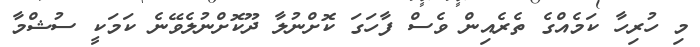
މި ހުރިހާ ކަމެއްގެ ތެރެއިން ވެސް ފާހަގަ ކޮށްނުލާ ދޫކޮށްނުލެވޭނެ ކަމަކީ ސުޝްމާ